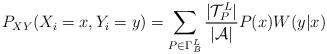
LaTeX: \begin{align*}P_{XY}(X_i = x , Y_i = y) = \sum_{P \in \Gamma_{B}^{L}} \frac{|\mathcal{T}_{P}^{L}|}{|\mathcal{A}|} P(x) W(y|x)\end{align*}